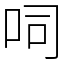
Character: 呞